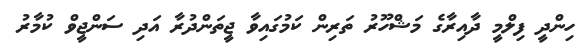
ހިންދީ ފިލްމީ ދާއިރާގެ މަޝްހޫރު ތަރިން ކަމުގައިވާ ޖީތަންދުރާ އަދި ސަންޖީވް ކުމާރު